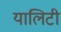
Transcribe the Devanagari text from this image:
यालिटी